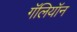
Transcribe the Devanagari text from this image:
गॅलियॉन